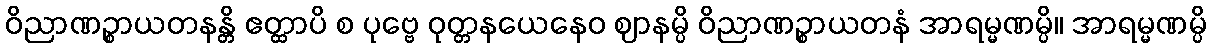
ဝိညာဏဉ္စာယတနန္တိ ဧတ္ထာပိ စ ပုဗ္ဗေ ဝုတ္တနယေနေဝ ဈာနမ္ပိ ဝိညာဏဉ္စာယတနံ အာရမ္မဏမ္ပိ။ အာရမ္မဏမ္ပိ